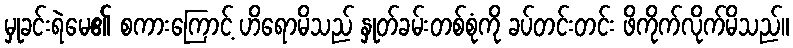
မှုခင်းရဲမေ၏ စကားကြောင့် ဟိရောမိသည် နှုတ်ခမ်းတစ်စုံကို ခပ်တင်းတင်း ဖိကိုက်လိုက်မိသည်။